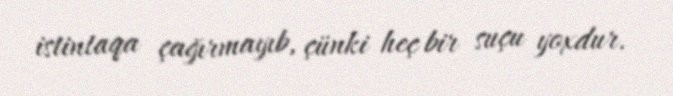
istintaqa çağırmayıb, çünki heç bir suçu yoxdur.